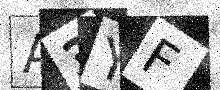
Text: A3YF